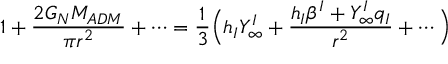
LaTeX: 1 + { \frac { 2 G _ { N } M _ { A D M } } { \pi r ^ { 2 } } } + \cdots = { \frac { 1 } { 3 } } \Big ( h _ { I } Y _ { \infty } ^ { I } + { \frac { h _ { I } \beta ^ { I } + Y _ { \infty } ^ { I } q _ { I } } { r ^ { 2 } } } + \cdots \Big )